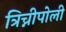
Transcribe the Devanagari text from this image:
त्रिच्नीपोली